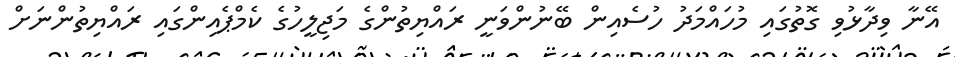
އޭނާ ވިދާޅުވި ގޮތުގައި މުހައްމަދު ހުސެއިން ބޭނުންވަނީ ރައްޔިތުންގެ މަޖިލީހުގެ ކެމްޕެއިންގައި ރައްޔިތުންނަށް